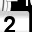
Digit: 2